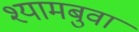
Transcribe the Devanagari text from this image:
श्यामबुवा